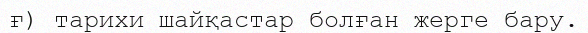
ғ) тарихи шайқастар болған жерге бару.